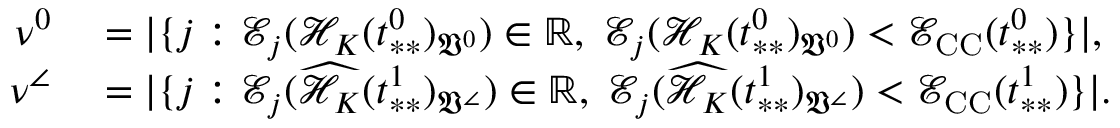
\begin{array} { r l } { \nu ^ { 0 } } & { { } = | \{ j : \mathcal { E } _ { j } ( \mathcal { H } _ { K } ( t _ { * * } ^ { 0 } ) _ { \mathfrak { V } ^ { 0 } } ) \in \mathbb { R } , \; \mathcal { E } _ { j } ( \mathcal { H } _ { K } ( t _ { * * } ^ { 0 } ) _ { \mathfrak { V } ^ { 0 } } ) < \mathcal { E } _ { \mathrm { C C } } ( t _ { * * } ^ { 0 } ) \} | , } \\ { \nu ^ { \angle } } & { { } = | \{ j : \mathcal { E } _ { j } ( \widehat { \mathcal { H } _ { K } } ( t _ { * * } ^ { 1 } ) _ { \mathfrak { V } ^ { \angle } } ) \in \mathbb { R } , \; \mathcal { E } _ { j } ( \widehat { \mathcal { H } _ { K } } ( t _ { * * } ^ { 1 } ) _ { \mathfrak { V } ^ { \angle } } ) < \mathcal { E } _ { \mathrm { C C } } ( t _ { * * } ^ { 1 } ) \} | . } \end{array}